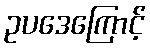
ဥပဒေကြောင့်